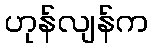
ဟုန်လျန်က